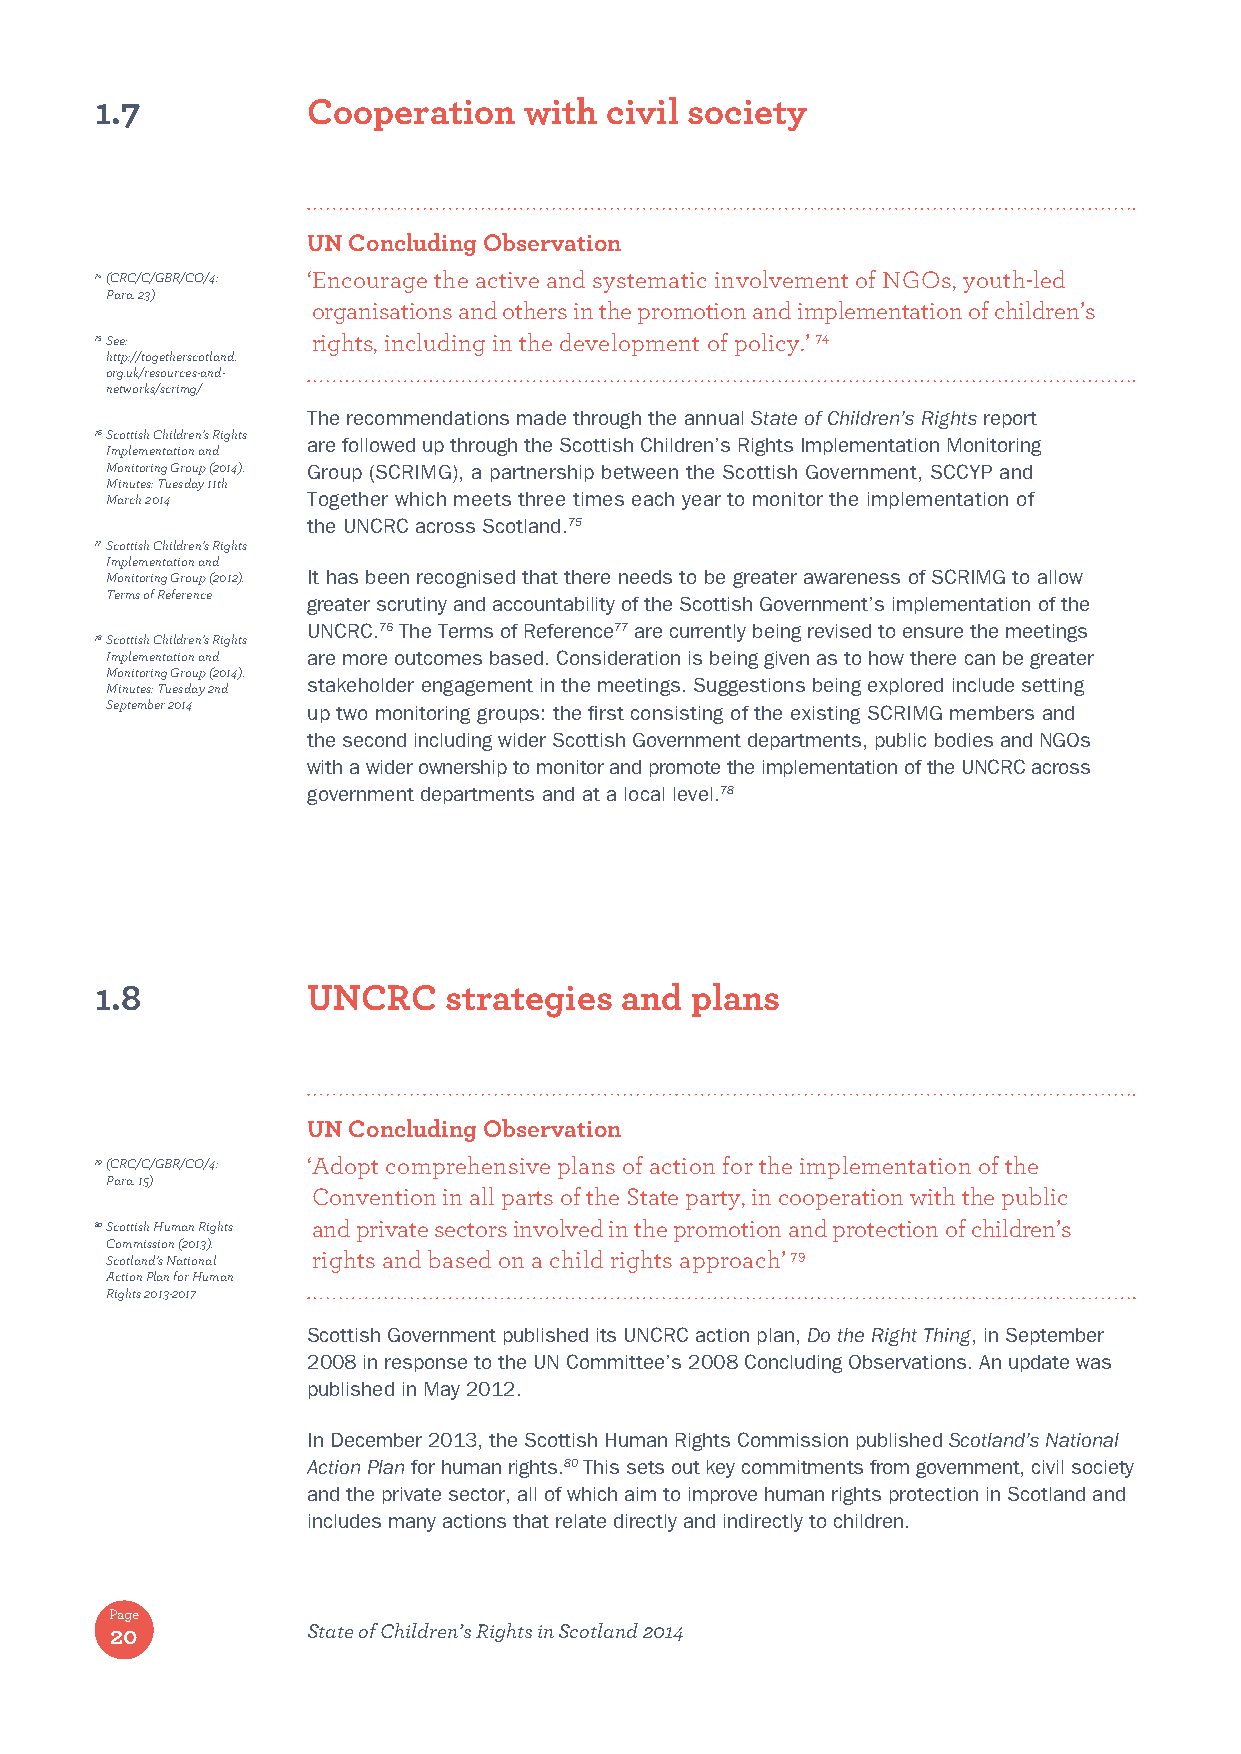
1.7           Cooperation    with civil society
 UN Concluding Observation
 74 (CRC/C/GBR/CO/4: ‘ Encourage the active and systematic involvement of NGOs, youth-led
 Para. 23)
 organisations and others in the promotion and implementation of children’s
 75 See:        rights, including in the development of policy.’ 74
 http://togetherscotland.
 org.uk/resources-and-
 networks/scrimg/
 The recommendations made through the annual State of Children’s Rights report
 76 Scottish Children’s Rights
 are followed up through the Scottish Children’s Rights Implementation Monitoring
 Implementation and
 Monitoring Group (2014). Group (SCRIMG), a partnership between the Scottish Government, SCCYP and
 Minutes: Tuesday 11th
 March 2014   Together which meets three times each year to monitor the implementation of
 the UNCRC across Scotland.75
 77 Scottish Children’s Rights
 Implementation and
 Monitoring Group (2012). It has been recognised that there needs to be greater awareness of SCRIMG to allow
 Terms of Reference
 greater scrutiny and accountability of the Scottish Government’s implementation of the
 UNCRC.76 The Terms of Reference77 are currently being revised to ensure the meetings
 78 Scottish Children’s Rights
 Implementation and are more outcomes based. Consideration is being given as to how there can be greater
 Monitoring Group (2014).
 Minutes: Tuesday 2nd stakeholder engagement in the meetings. Suggestions being explored include setting
 September 2014 up two monitoring groups: the first consisting of the existing SCRIMG members and
 the second including wider Scottish Government departments, public bodies and NGOs
 with a wider ownership to monitor and promote the implementation of the UNCRC across
 government departments and at a local level.78
 1.8           UNCRC    strategies  and  plans
 UN Concluding Observation
 79 (CRC/C/GBR/CO/4: ‘ Adopt comprehensive plans of action for the implementation of the
 Para. 15)
 Convention in all parts of the State party, in cooperation with the public
 80 Scottish Human Rights and private sectors involved in the promotion and protection of children’s
 Commission (2013).
 Scotland’s National rights and based on a child rights approach’ 79
 Action Plan for Human
 Rights 2013-2017
 Scottish Government published its UNCRC action plan, Do the Right Thing, in September
 2008 in response to the UN Committee’s 2008 Concluding Observations. An update was
 published in May 2012.
 In December 2013, the Scottish Human Rights Commission published Scotland’s National
 Action Plan for human rights.80 This sets out key commitments from government, civil society
 and the private sector, all of which aim to improve human rights protection in Scotland and
 includes many actions that relate directly and indirectly to children.
 Page
 20           State of Children’s Rights in Scotland 2014